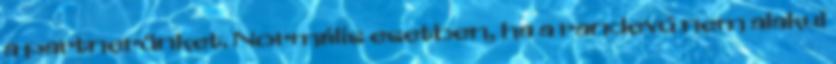
a partnerünket. Normális esetben, ha a randevú nem alakul